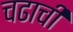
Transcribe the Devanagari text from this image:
चढाची